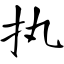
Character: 执